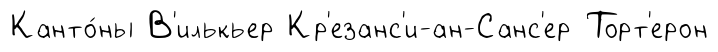
Канто́ны В'илькьер Кр'езанс'и-ан-Санс'ер Торт'ерон